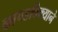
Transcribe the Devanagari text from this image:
कापडविक्याने